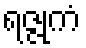
ရဇ္ဇုကံ